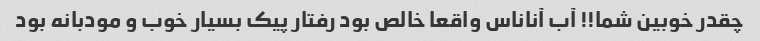
چقدر خوبین شما!! آب آناناس واقعا خالص بود رفتار پیک بسیار خوب و مودبانه بود